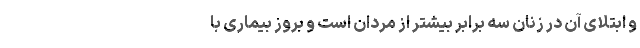
و ابتلای آن در زنان سه برابر بیشتر از مردان است و بروز بیماری با